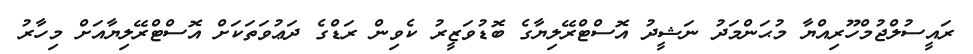
ރައީސުލްޖުމްހޫރިއްޔާ މުޙަންމަދު ނަޝީދު އޮސްޓްރޭލިޔާގެ ބޮޑުވަޒީރު ކެވިން ރަޑްގެ ދަޢުވަތަކަށް އޮސްޓްރޭލިޔާއަށް މިހާރު